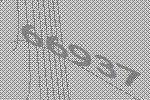
66937